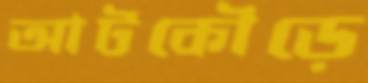
আটকৌড়ে